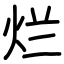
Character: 烂